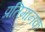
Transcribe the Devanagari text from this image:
प्रतिमानक